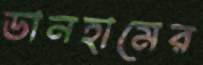
ডানহামের